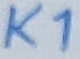
Text: K1